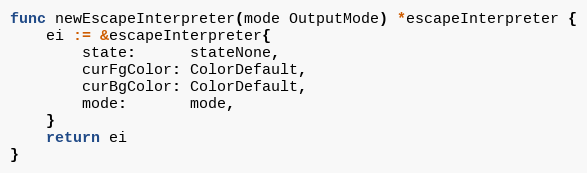
Language: Go
func newEscapeInterpreter(mode OutputMode) *escapeInterpreter {
	ei := &escapeInterpreter{
		state:      stateNone,
		curFgColor: ColorDefault,
		curBgColor: ColorDefault,
		mode:       mode,
	}
	return ei
}